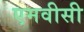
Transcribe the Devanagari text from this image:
एमवीसी